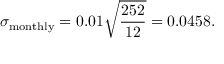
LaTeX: \sigma _ { \mathrm { m o n t h l y } } = 0 . 0 1 { \sqrt { \frac { 2 5 2 } { 1 2 } } } = 0 . 0 4 5 8 .